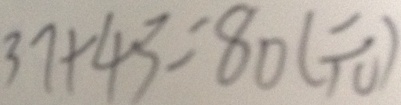
3 7 + 4 3 = 8 0 ( 元 )